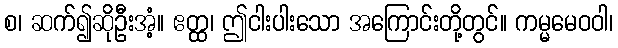
စ၊ ဆက်၍ဆိုဦးအံ့။ ဧတ္ထ၊ ဤငါးပါးသော အကြောင်းတို့တွင်။ ကမ္မမေဝဝါ၊